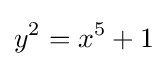
y^{2}=x^{5}+1